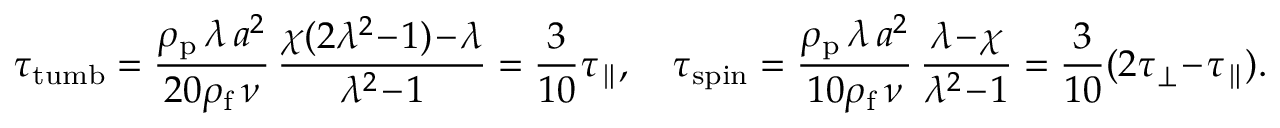
\tau _ { \mathrm { t u m b } } = \frac { \rho _ { \mathrm { p } } \, \lambda \, a ^ { 2 } } { 2 0 \rho _ { \mathrm { f } } \, \nu } \, \frac { \chi ( 2 \lambda ^ { 2 } \! - \! 1 ) \! - \! \lambda } { \lambda ^ { 2 } \! - \! 1 } = \frac { 3 } { 1 0 } \tau _ { \parallel } , \quad \tau _ { \mathrm { s p i n } } = \frac { \rho _ { \mathrm { p } } \, \lambda \, a ^ { 2 } } { 1 0 \rho _ { \mathrm { f } } \, \nu } \, \frac { \lambda \! - \! \chi } { \lambda ^ { 2 } \! - \! 1 } = \frac { 3 } { 1 0 } ( 2 \tau _ { \perp } \! - \! \tau _ { \parallel } ) .